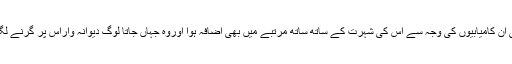
آرتھر کی ان کامیابیوں کی وجہ سے اس کی شہرت کے ساتھ ساتھ مرتبے میں بھی اضافہ ہوا اوروہ جہاں جاتا لوگ دیوانہ واراس پر گرنے لگ جاتے ۔